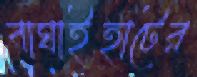
বাঘাইহাটের